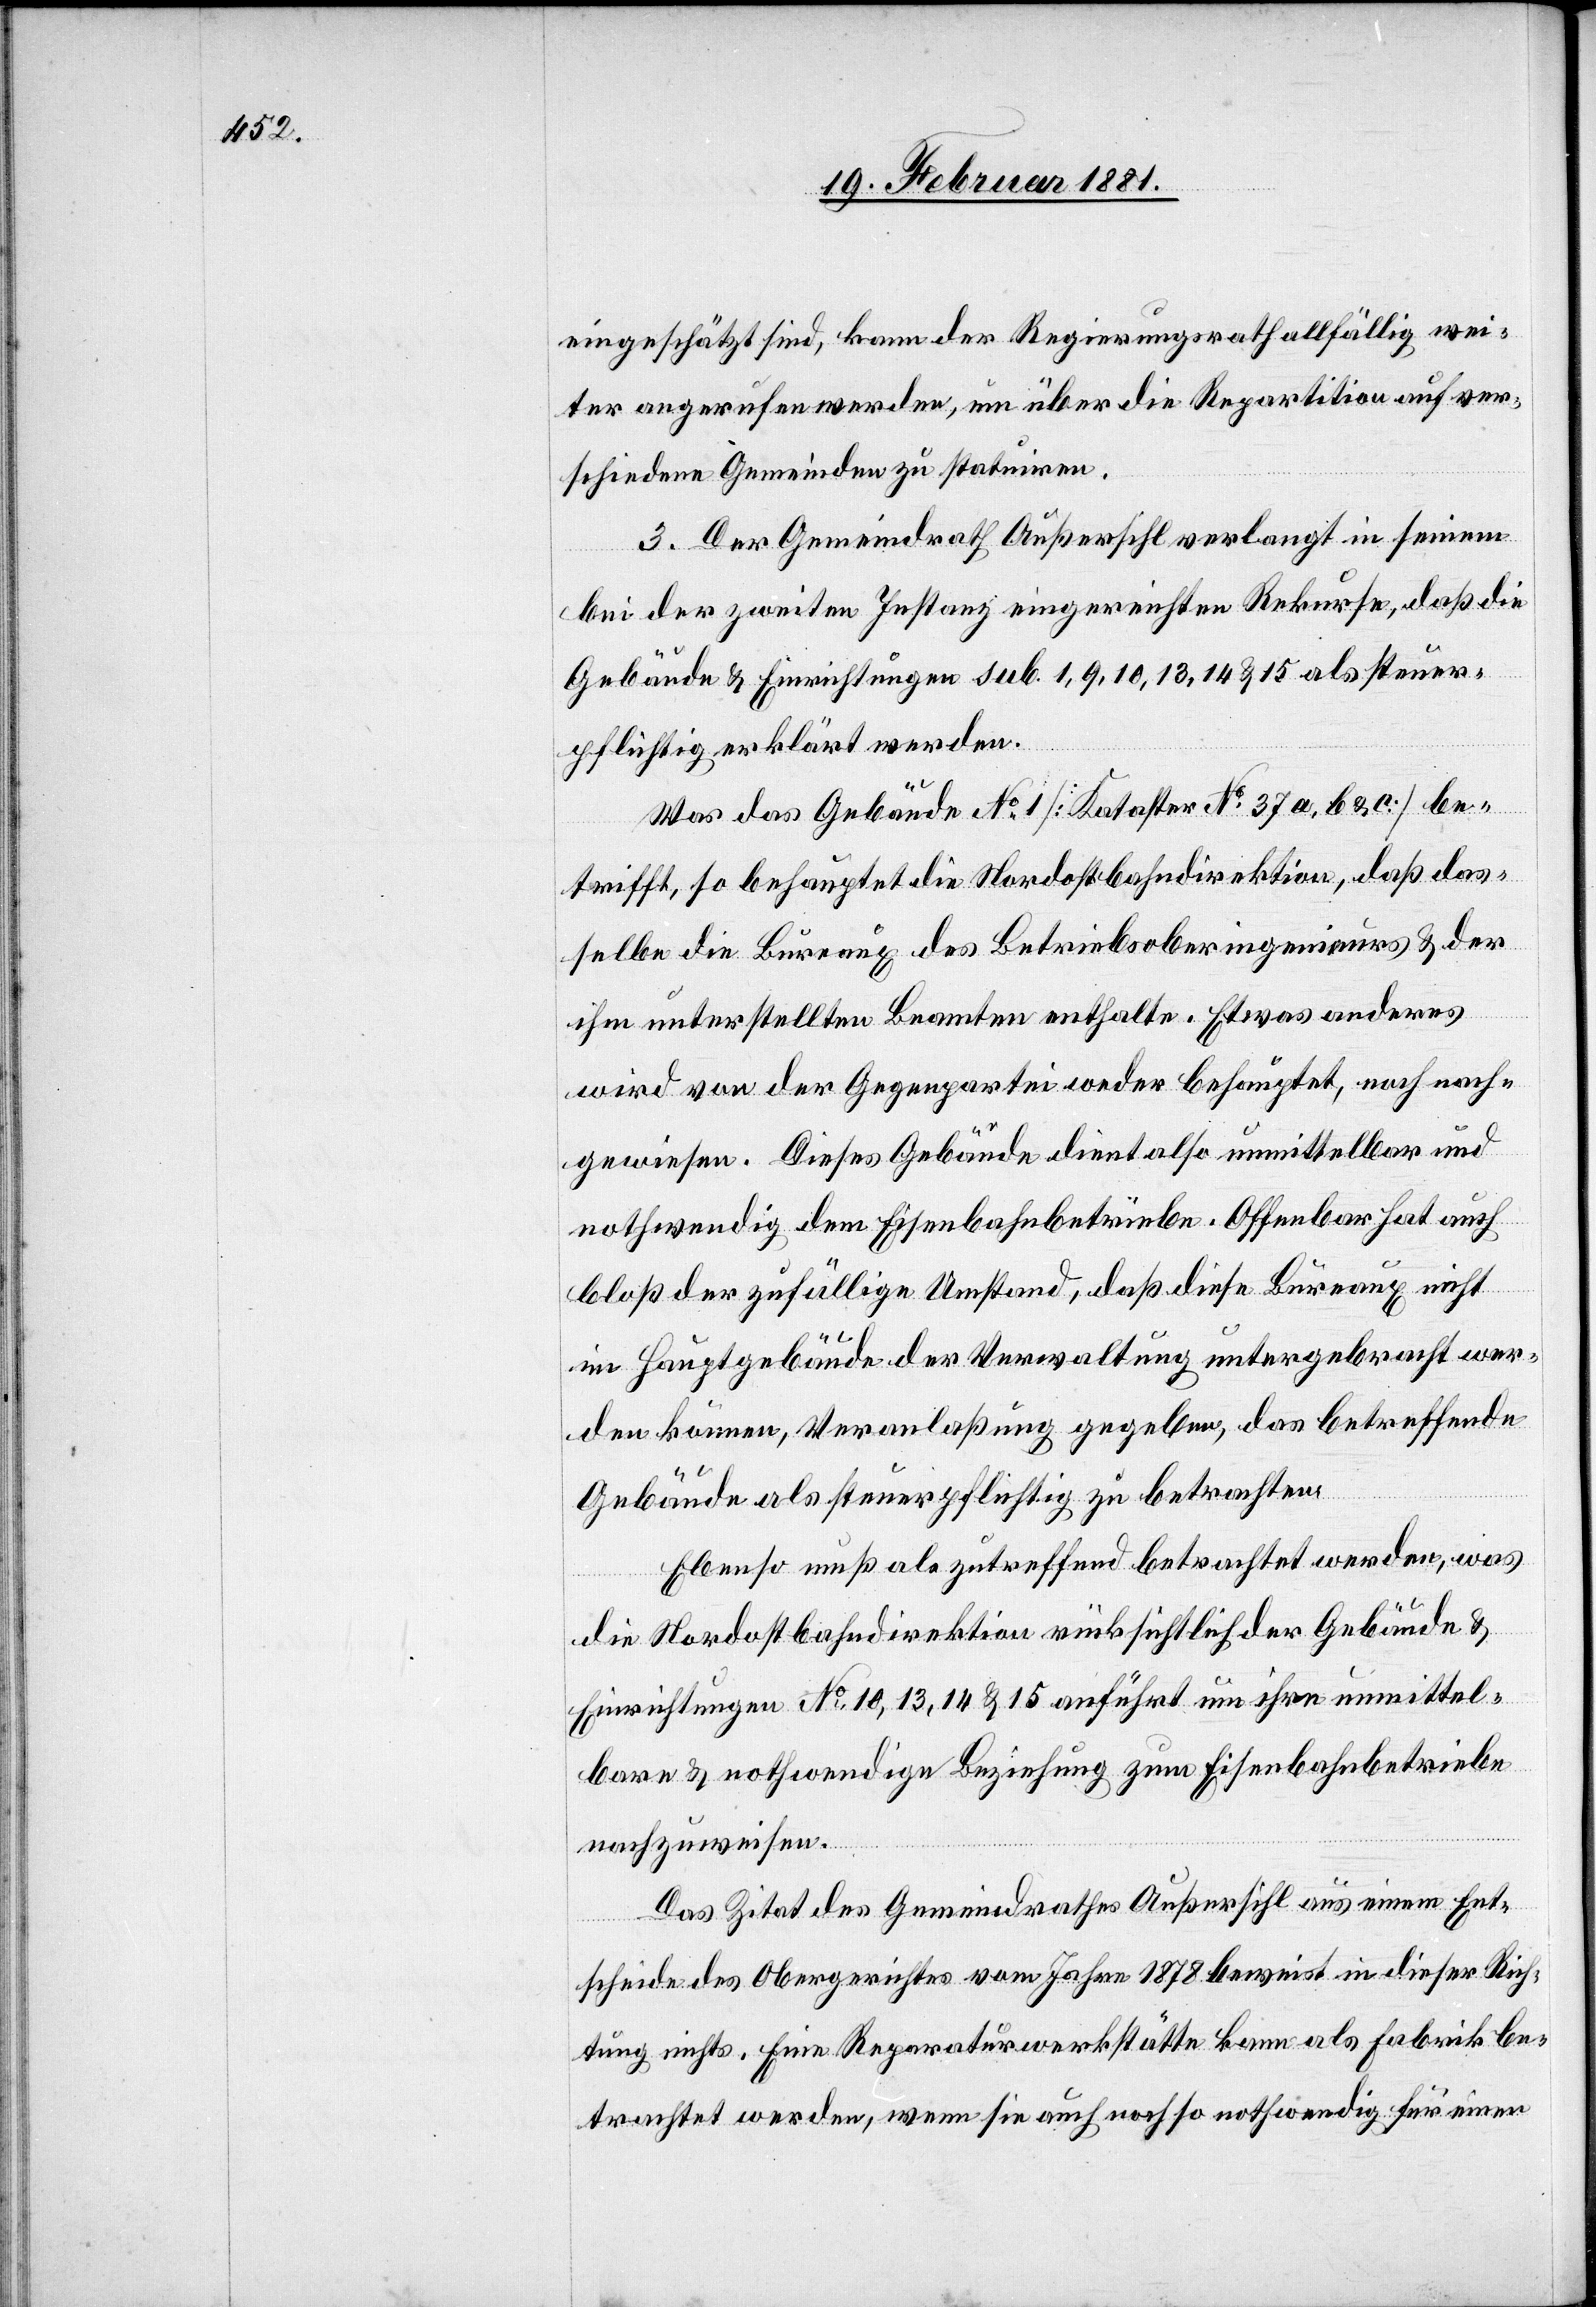
eingeschätzt sind, kann der Regierungsrath allfällig wei¬
ter angerufen werden, um über die Repartition auf ver¬
schiedene Gemeinden zu statuiren.
3. Der Gemeindrath Außersihl verlangt in seinem
bei der zweiten Instanz eingereichten Rekurse, daß die
Gebäude & Einrichtungen sub. 1, 9, 10, 13, 14 & 15 als steuer¬
pflichtig erklärt werden.
Was das Gebäude No 1 [Kataster No 37a, b & c.] be¬
trifft, so behauptet die Nordostbahndirektion, daß das¬
selbe die Bureaux des Betriebsoberingenieurs & der
ihm unterstellten Beamten enthalte. Etwas anderes
wird von der Gegenpartei weder behauptet, noch nach¬
gewiesen. Dieses Gebäude dient also unmittelbar und
nothwendig dem Eisenbahnbetriebe. Offenbar hat auch
bloß der zufällige Umstand, daß diese Bureaux nicht
im Hauptgebäude der Verwaltung untergebracht wer¬
den können, Veranlaßung gegeben, das betreffende
Gebäude als steuerpflichtig zu betrachten.
Ebenso muß als zutreffend betrachtet werden, was
die Nordostbahndirektion rücksichtlich der Gebäude &
Einrichtungen No 10, 13, 14 & 15 anführt um ihre unmittel¬
bare & nothwendige Beziehung zum Eisenbahnbetriebe
nachzuweisen.
Das Zitat des Gemeindrathes Außersihl aus einem Ent¬
scheide des Obergerichtes vom Jahre 1878 beweist in dieser Rich¬
tung nichts. Eine Reparaturwerkstätte kann als Fabrik be¬
trachtet werden, wenn sie auch noch so nothwendig für einen